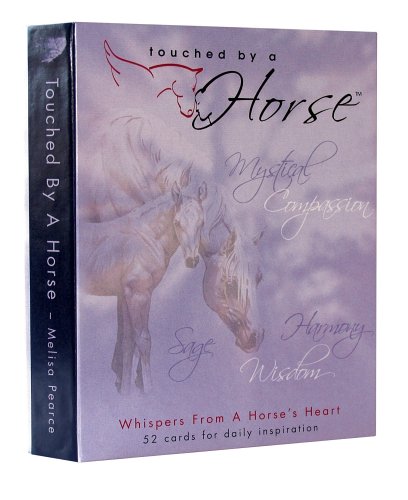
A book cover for Touched By a Horse Inspirational Deck (Whispers from a Horse's Heart); Melisa Pearce; Self-Help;